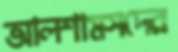
আলশামসদের